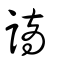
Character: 謫